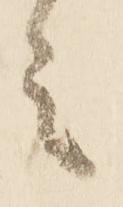
言